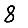
Digit: 8